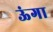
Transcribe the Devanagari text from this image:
ऊंगा